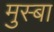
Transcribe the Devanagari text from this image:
मुस्बा